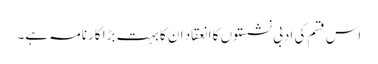
اس قسم کی ادبی نشستوں کا انعقاد ان کا بہت بڑا کارنامہ ہے۔